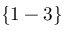
\{ 1 - 3 \}